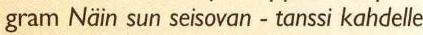
gram Näin sun seisovan - tanssi kahdelle